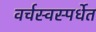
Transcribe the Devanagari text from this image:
वर्चस्वस्पर्धेत